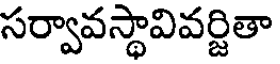
సర్వావస్థావివర్జితా